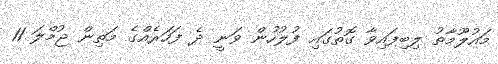
މައުލޫމާތު ލިބިފައިވާ ގޮތުގައި ފުލުހުން ވަނީ ދެ ފަހަރެއްގެ މަތިން ޖުމްލަ 11